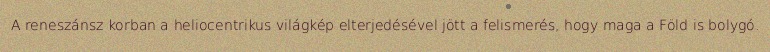
A reneszánsz korban a heliocentrikus világkép elterjedésével jött a felismerés, hogy maga a Föld is bolygó.